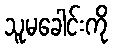
သူမခေါင်းကို